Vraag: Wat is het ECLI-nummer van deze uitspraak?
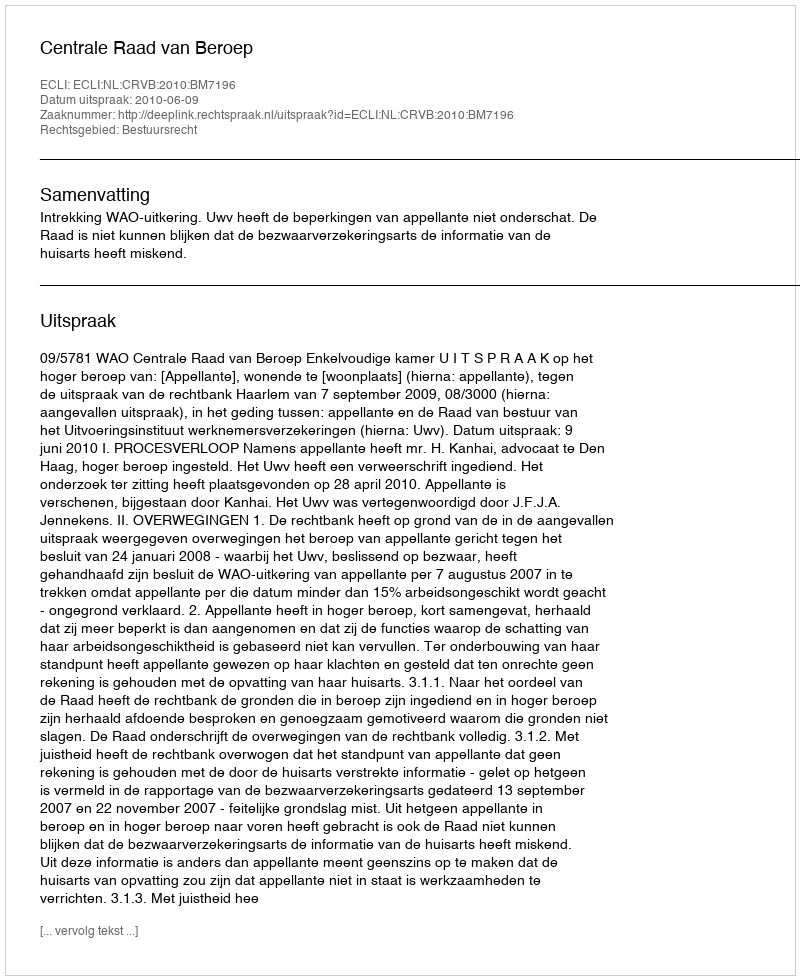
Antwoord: ECLI:NL:CRVB:2010:BM7196